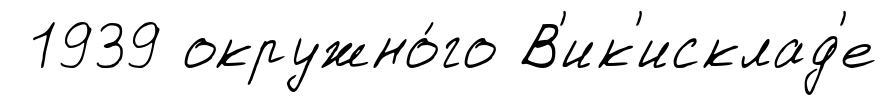
1939 окружно́го В'ик'исклад'е